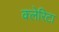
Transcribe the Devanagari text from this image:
क्लेरिटा